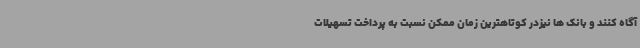
آگاه کنند و بانک ها نیزدر کوتاهترین زمان ممکن نسبت به پرداخت تسهیلات